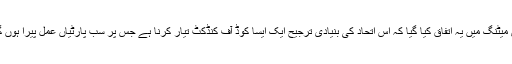
اس میٹنگ میں یہ اتفاق کیا گیا کہ اس اتحاد کی بنیادی ترجیح ایک ایسا کوڈ آف کنڈکٹ تیار کرنا ہے جس پر سب پارٹیاں عمل پیرا ہوں گی۔